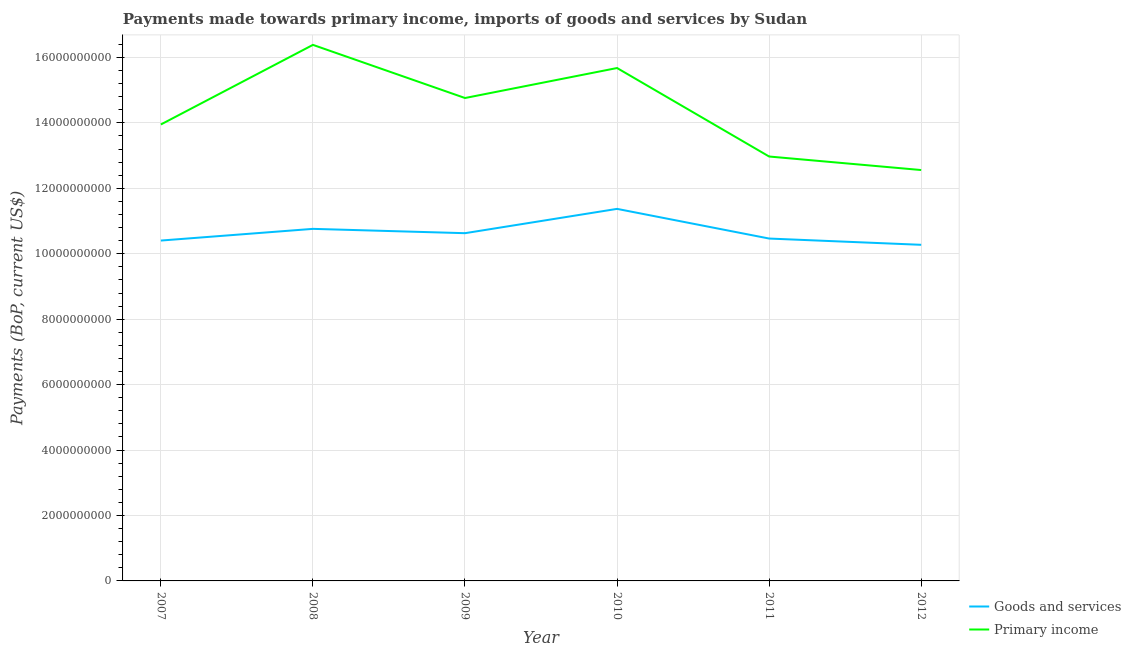
| Year | Goods and services | Primary income |
 | --- | --- | --- |
 | 2007 | 1.04e+10 | 1.4e+10 |
 | 2008 | 1.08e+10 | 1.64e+10 |
 | 2009 | 1.06e+10 | 1.48e+10 |
 | 2010 | 1.14e+10 | 1.57e+10 |
 | 2011 | 1.05e+10 | 1.3e+10 |
 | 2012 | 1.03e+10 | 1.26e+10 |